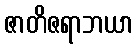
ဇာတိဇရာဘယာ